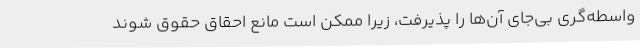
واسطه‌گری بی‌جای آن‌ها را پذیرفت، زیرا ممکن است مانع احقاق حقوق شوند